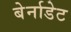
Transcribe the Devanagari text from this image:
बेर्नाडेट